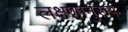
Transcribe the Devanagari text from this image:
लक्षणानुरूप